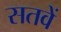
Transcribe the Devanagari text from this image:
सतवें